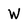
Character: W